Medical and sanitary report of the native army of Bengal for the year
Year: 1875
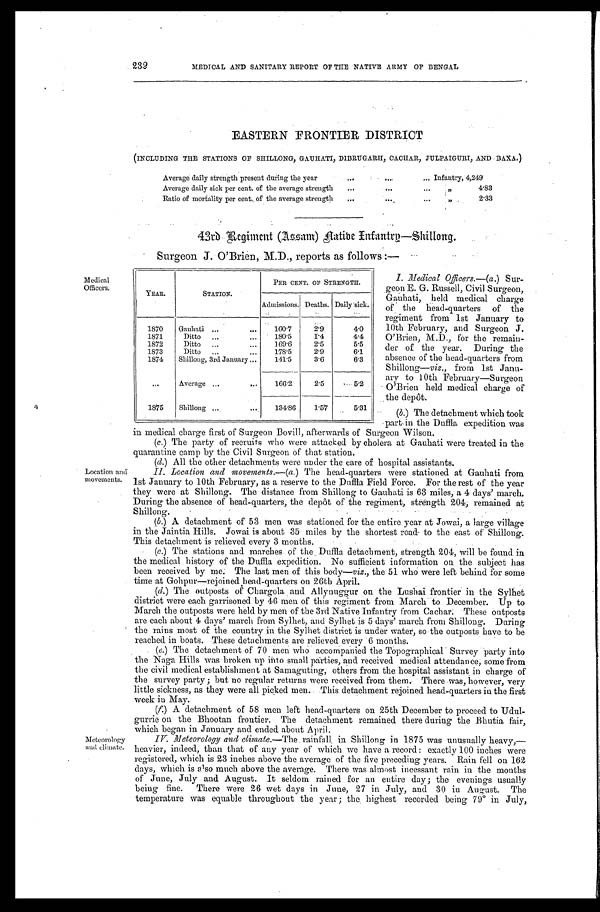
232
MEDICAL AND SANITARY REPORT OF THE NATIVE ARMY OF BENGAL
EASTERN FRONTIER DISTRICT
(INCLUDING THE STATIONS OF SHILLONG, GAUHATI, DIBRUGARH, CACHAR, JULPAIGURI, AND BAXA.)
Average daily strength present during the year
Infantry, 4,249
Average daily sick per cent. of the average strength
„ 4 . 8 3
Ratio of mortality per cent. of the average strength
„ 2 . 3 3
43rd Regiment (Assam) Infantry—Shillong.
Surgeon J. O'Brien, M.D., reports as follows:—
Medical
Officers.
YEAR.
STATION.
PER CENT. OF STRENGTH.
Admissions. Deaths. Daily sick.
1870 Gauhati
160.7
2.9
4.0
1871
Ditto
180.5
1.4
4.4
1872
Ditto
169.6
2.5
5.5
1873
Ditto
178.5
2.9
6.1
1874 Shillong, 3rd January
141.5
3.6
6.3
Average
166.2
2.5
5.2
1875 Shillong
134.86 1.57
5.31
Location and
movements.
Meteorology
and climate.
I. Medical Officers.—(a.) Sur-
geon E. G. Russell, Civil Surgeon,
Gauhati, held medical charge
of the head-quarters of the
regiment from 1st January to
10th February, and Surgeon J.
O'Brien, M.D., for the remain-
der of the year. During the
absence of the head-quarters from
Shillong—viz., from 1st Janu-
ary to 10th February—Surgeon
O'Brien held medical charge of
the depôt.
(b.) The detachment which took
part in the Duffla expedition was
in medical charge first of Surgeon Bovill, afterwards of Surgeon Wilson.
(c.) The party of recruits who were attacked by cholera at Gauhati were treated in the
quarantine camp by the Civil Surgeon of that station.
(d.) All the other detachments were under the care of hospital assistants.
II. Location and movements.—(a.) The head-quarters were stationed at Gauhati from
1st January to 10th February, as a reserve to the Duffla Field Force. For the rest of the year
they were at Shillong. The distance from Shillong to Gauhati is 63 miles, a 4 days' march.
During the absence of head-quarters, the depôt of the regiment, strength 204, remained at
Shillong.
(b.) A detachment of 53 men was stationed for the entire year at Jowai, a large village
in the Jaintia Hills. Jowai is about 35 miles by the shortest road to the east of Shillong.
This detachment is relieved every 3 months.
(c.) The stations and marches of the . Duffla detachment, strength 204, will be found in
the medical history of the Duffla expedition. No sufficient information on the subject has
been recei ved by me. The l ast men of t hi s body— v i z . ,
t h e 5 1 w h o w e r e l e f t b e h i n d f o r s o m e
time at Gohpur—rejoined head-quarters on 26th April.
(d.) The outposts of Chargola and Allynuggur on the Lushai frontier in the Sylhet
district were each garrisoned by 46 men of this regiment from March to December. Up to
March the outposts were held by men of the 3rd Native infantry from Cachar. These outposts
are each about 4 days' march from Sylhet, and Sylhet is 5 days' march from Shillong. During
the rains most of the country in the Sylhet district is under water, so the outposts have to be
reached in boats. These detachments are relieved every 6 Months.
(e.) The detachment of 70 men who accompanied the Topographical Survey party into
the Naga Hills was broken up into small parties, and received medical attendance, some from
the civil medical establishment at Samaguting, others from the hospital assistant in charge of
the survey party; but no regular returns were received from them. There was, however, very
little sickness, as they were all picked men. This detachment rejoined head-quarters in the first
week in May.
(f.) A detachment of 58 men left head-quarters on 25th December to proceed to Udul
- g u r r i e o n t h e B h o o t a n f r o n t i e r . T h e d e t a c h m e n t r e m a i n e d t h e r e d u r i n g t h e B h u t i a f a i r ,
which began in January and ended about April.
IV. Meteorology and climate. —The rainfall in Shillong in 1875 was unusually heavy,—
heavier, indeed, than that of any year of which we have a record: exactly 100 inches were
registered, which is 23 inches above the average of the five preceding years. Rain fell on 162
days, which is also much above the average. There was almost incessant rain in the months
of Jnne, July and August. It seldom rained for an entire day; the evenings usually
being fine. There were 26 wet days in June, 27 in July, and 30 in August. The
temperature was equable throughout the year; the . highest recorded being 79° in July,